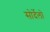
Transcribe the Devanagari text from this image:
सोर्देलो